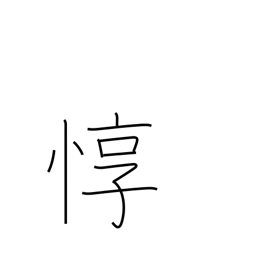
Meaning: considerate